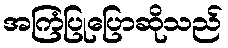
အကြံပြုပြောဆိုသည်